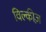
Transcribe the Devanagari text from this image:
विल्कीज़